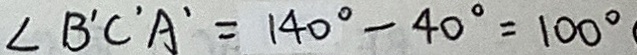
\angle B ^ { \prime } C ^ { \prime } A ^ { \prime } = 1 4 0 ^ { \circ } - 4 0 ^ { \circ } = 1 0 0 ^ { \circ }